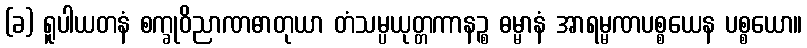
(ခ) ရူပါယတနံ စက္ခုဝိညာဏဓာတုယာ တံသမ္ပယုတ္တကာနဉ္စ ဓမ္မာနံ အာရမ္မဏပစ္စယေန ပစ္စယော။